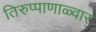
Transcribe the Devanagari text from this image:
तिरुप्पाणाळ्वार्